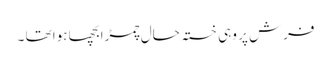
فرش پر وہی خستہ حال چمڑابچھا ہوا تھا ۔